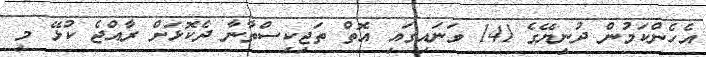
އެހެންކަމުން ދުނިޔޭގެ 141 ވަނައިގައި އޮތް ތަޖިކިސްތާނާ ދެކޮޅަށް ރާއްޖެ ކުޅޭ މި